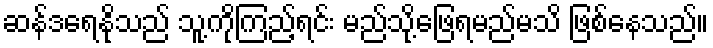
ဆန်ဒရေနိုသည် သူ့ကိုကြည့်ရင်း မည်သို့ဖြေရမည်မသိ ဖြစ်နေသည်။